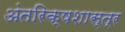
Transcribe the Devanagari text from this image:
अंतरिक्षशास्त्र